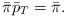
LaTeX: \begin{align*}\bar\pi\bar p_T = \bar \pi.\end{align*}